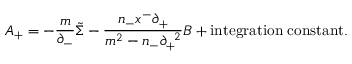
A _ { + } = - \frac { m } { { \partial } _ { - } } \tilde { \Sigma } - \frac { n _ { - } x ^ { - } { \partial } _ { + } } { m ^ { 2 } - n _ { - } { \partial } _ { + } ^ { \; \; 2 } } B + \mathrm { i n t e g r a t i o n \; c o n s t a n t } .